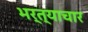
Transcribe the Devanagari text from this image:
भर्त्याचार